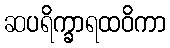
ဆပရိက္ခာရထဝိကာ